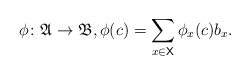
\begin{align*}\phi \colon \mathfrak A \to \mathfrak B, \phi(c) = \sum_{x\in \mathsf X} \phi_x(c) b_x.\end{align*}